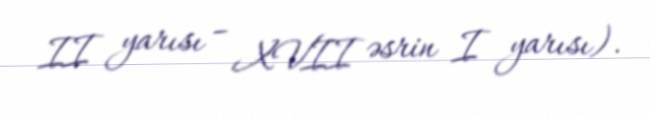
II yarısı – XVII əsrin I yarısı).